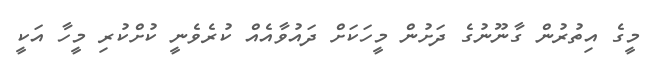
މީގެ އިތުރުން ގާނޫނުގެ ދަށުން މީހަކަށް ދައުވާއެއް ކުރެވެނީ ކުށްކުރި މީހާ އަކީ